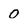
Character: 0